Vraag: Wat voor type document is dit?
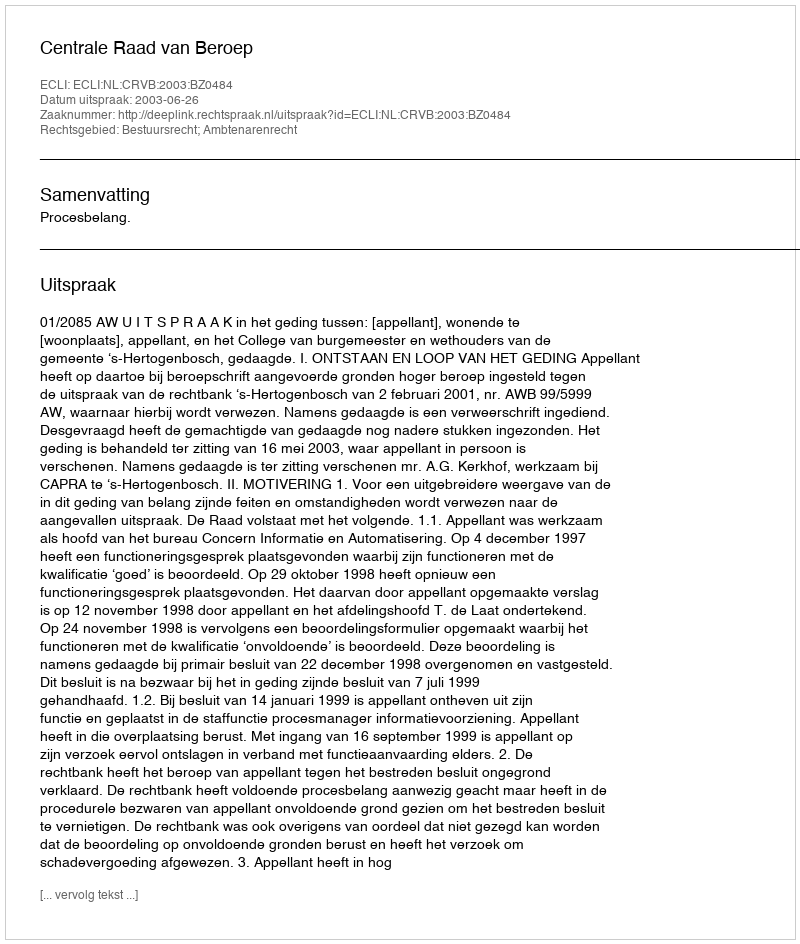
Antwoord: Uitspraak